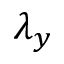
\lambda _ { y }